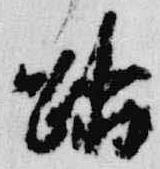
踏